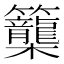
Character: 𥸉